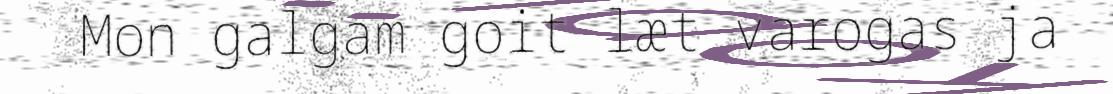
Mon galgam goit læt varogas ja